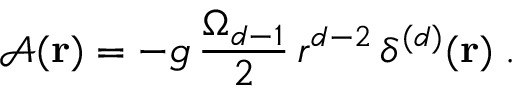
{ \mathcal A } ( { \bf r } ) = - g \, \frac { \Omega _ { d - 1 } } { 2 } \, r ^ { d - 2 } \, \delta ^ { ( d ) } ( { \bf r } ) \; .